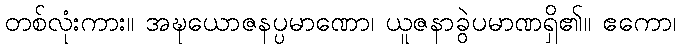
တစ်လုံးကား။ အဍ္ဎယောဇနပ္ပမာဏော၊ ယူဇနာခွဲပမာဏရှိ၏။ ဧကော၊